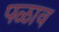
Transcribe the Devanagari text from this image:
पळाव